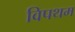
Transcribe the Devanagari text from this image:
विपथम